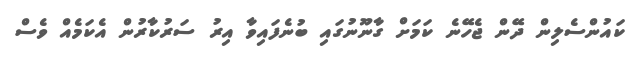
ކައުންސެލިން ދޭން ޖެހޭނެ ކަމަށް ގާނޫނުގައި ބުނެފައިވާ އިރު ސަރުކާރުން އެކަމެއް ވެސް